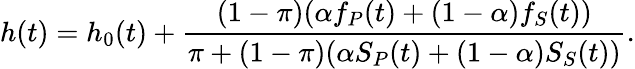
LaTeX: h(t)=h_{0}(t)+\frac{(1-\pi)(\alpha f_{P}(t)+(1-\alpha)f_{S}(t))}{\pi+(1-\pi)(\alpha S_{P}(t)+(1-\alpha)S_{S}(t))}.